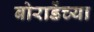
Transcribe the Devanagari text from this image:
बोराडेंच्या